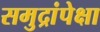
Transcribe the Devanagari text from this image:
समुद्रांपेक्षा